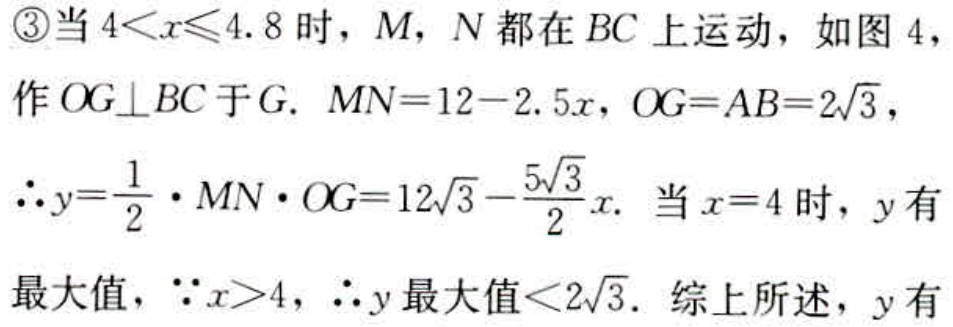
\textcircled{3}当\(4<x\leqslant4.8\)时，\(M\)，\(N\)都在\(BC\)上运动，如图 4，
作\(OG\perp BC\)于\(G\). \(MN = 12 - 2.5x\)，\(OG = AB = 2\sqrt{3}\)，
\(\therefore y=\frac{1}{2}\cdot MN\cdot OG = 12\sqrt{3}-\frac{5\sqrt{3}}{2}x\). 当\(x = 4\)时，\(y\)有
最大值，\(\because x>4\)，\(\therefore y\)最大值\(<2\sqrt{3}\). 综上所述，\(y\)有